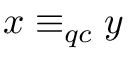
x \equiv _ { q c } y